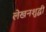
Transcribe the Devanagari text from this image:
लेखनशुद्धी